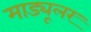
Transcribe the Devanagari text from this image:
माड्यूलर